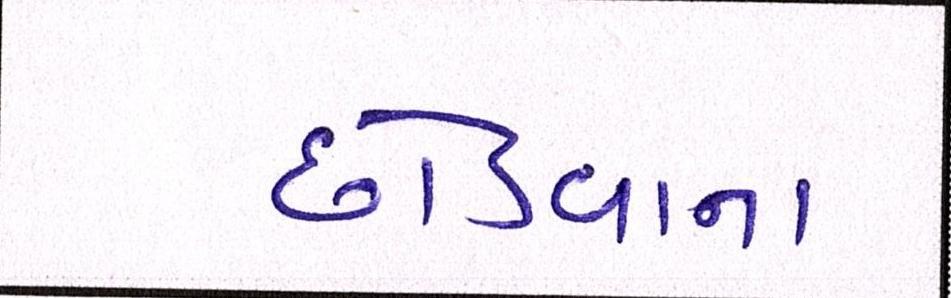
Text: છોડવાના